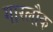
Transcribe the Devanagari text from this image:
गारलौक